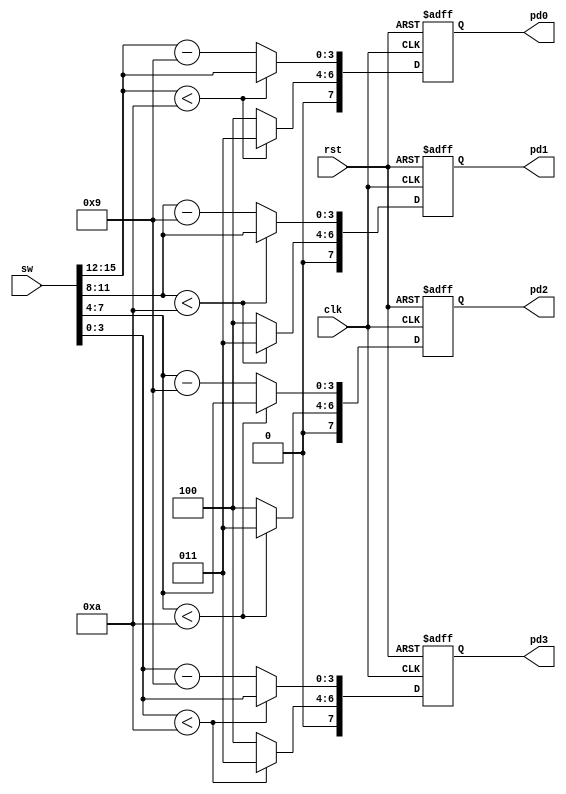
module hex2ascii
(
    input 	rst, // rst. High Active Reset
    input 	clk,  // 100MHz Clock Input
    input 	[15:0] sw,
    //
    output 	reg [7:0] pd0,pd1,pd2,pd3
);

wire [3:0] nb0,nb1,nb2,nb3;

assign nb0 = sw[15:12];
assign nb1 = sw[11:08];
assign nb2 = sw[07:04];
assign nb3 = sw[03:00];

always@(negedge rst, posedge clk)
begin
	if (rst == 0)    
		begin
			pd0 <= 8'hff;	pd1 <= 8'hff;	pd2 <= 8'hff;	pd3 <= 8'hff;
		end
	else
		begin
			if (nb0 < 10)	
				pd0 <= {4'h3, nb0};
			else
				begin
					pd0[7:4] <= 4'h4; 
					pd0[3:0] <= (nb0 - 9);
				end
			
			if (nb1 < 10)	
				pd1 <= {4'h3, nb1};
			else	
				begin
					pd1[7:4] <= 4'h4; 
					pd1[3:0] <= (nb1 - 9);
				end
			
			if (nb2 < 10)	
				pd2 <= {4'h3, nb2};
			else
				begin
					pd2[7:4] <= 4'h4; 
					pd2[3:0] <= (nb2 - 9);
				end
			
			if (nb3 < 10)	
				pd3 <= {4'h3, nb3};
			else			
				begin
					pd3[7:4] <= 4'h4; 
					pd3[3:0] <= (nb3 - 9);
				end
		end
end

endmodule